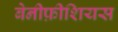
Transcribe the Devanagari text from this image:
बेनीफ़ीशियस